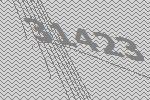
31423